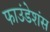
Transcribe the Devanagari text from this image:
फाउंडेशंस